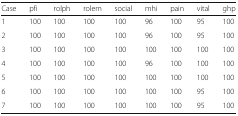
<table><thead><tr><td><b>Case</b></td><td><b>pfi</b></td><td><b>rolph</b></td><td><b>rolem</b></td><td><b>social</b></td><td><b>mhi</b></td><td><b>pain</b></td><td><b>vital</b></td><td><b>ghp</b></td></tr></thead><tbody><tr><td>1</td><td>100</td><td>100</td><td>100</td><td>100</td><td>96</td><td>100</td><td>95</td><td>100</td></tr><tr><td>2</td><td>100</td><td>100</td><td>100</td><td>100</td><td>96</td><td>100</td><td>95</td><td>100</td></tr><tr><td>3</td><td>100</td><td>100</td><td>100</td><td>100</td><td>100</td><td>100</td><td>100</td><td>100</td></tr><tr><td>4</td><td>100</td><td>100</td><td>100</td><td>100</td><td>96</td><td>100</td><td>100</td><td>100</td></tr><tr><td>5</td><td>100</td><td>100</td><td>100</td><td>100</td><td>100</td><td>100</td><td>100</td><td>100</td></tr><tr><td>6</td><td>100</td><td>100</td><td>100</td><td>100</td><td>100</td><td>100</td><td>95</td><td>100</td></tr><tr><td>7</td><td>100</td><td>100</td><td>100</td><td>100</td><td>100</td><td>100</td><td>95</td><td>100</td></tr></tbody></table>